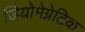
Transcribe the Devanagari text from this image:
जियोमेग्नेटिक